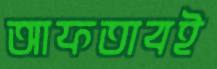
আফতাবই